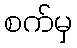
စက်မှ